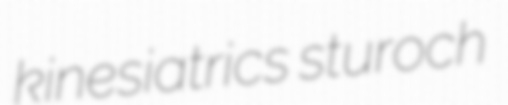
kinesiatrics sturoch